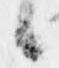
候